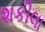
શકીલા